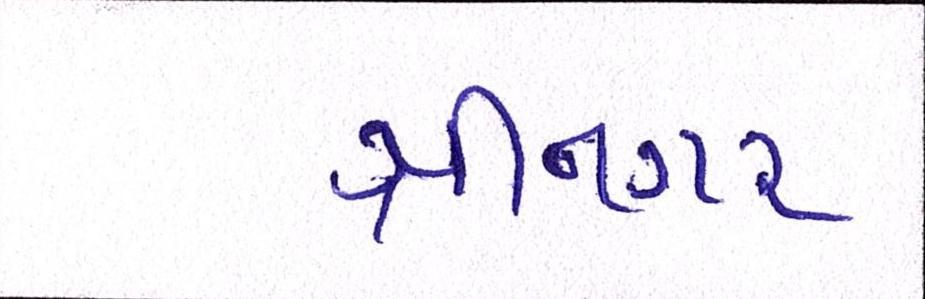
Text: શ્રીનગર